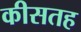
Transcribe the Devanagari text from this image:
कीसतह